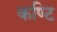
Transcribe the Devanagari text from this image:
कण्टि